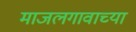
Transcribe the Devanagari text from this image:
माजलगावाच्या